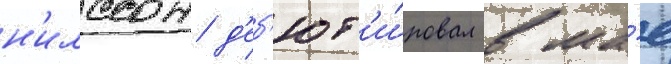
н'илссон д'еб'ют'и́ровал в ма́е